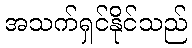
အသက်ရှင်နိုင်သည်